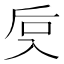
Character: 𰃙